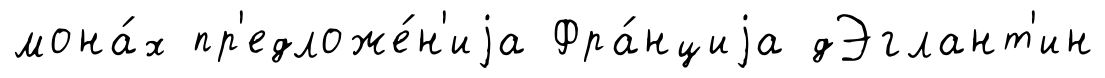
мона́х пр'едложе́н'иjа Фра́нциjа дЭглант'ин